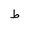
Letter: _da